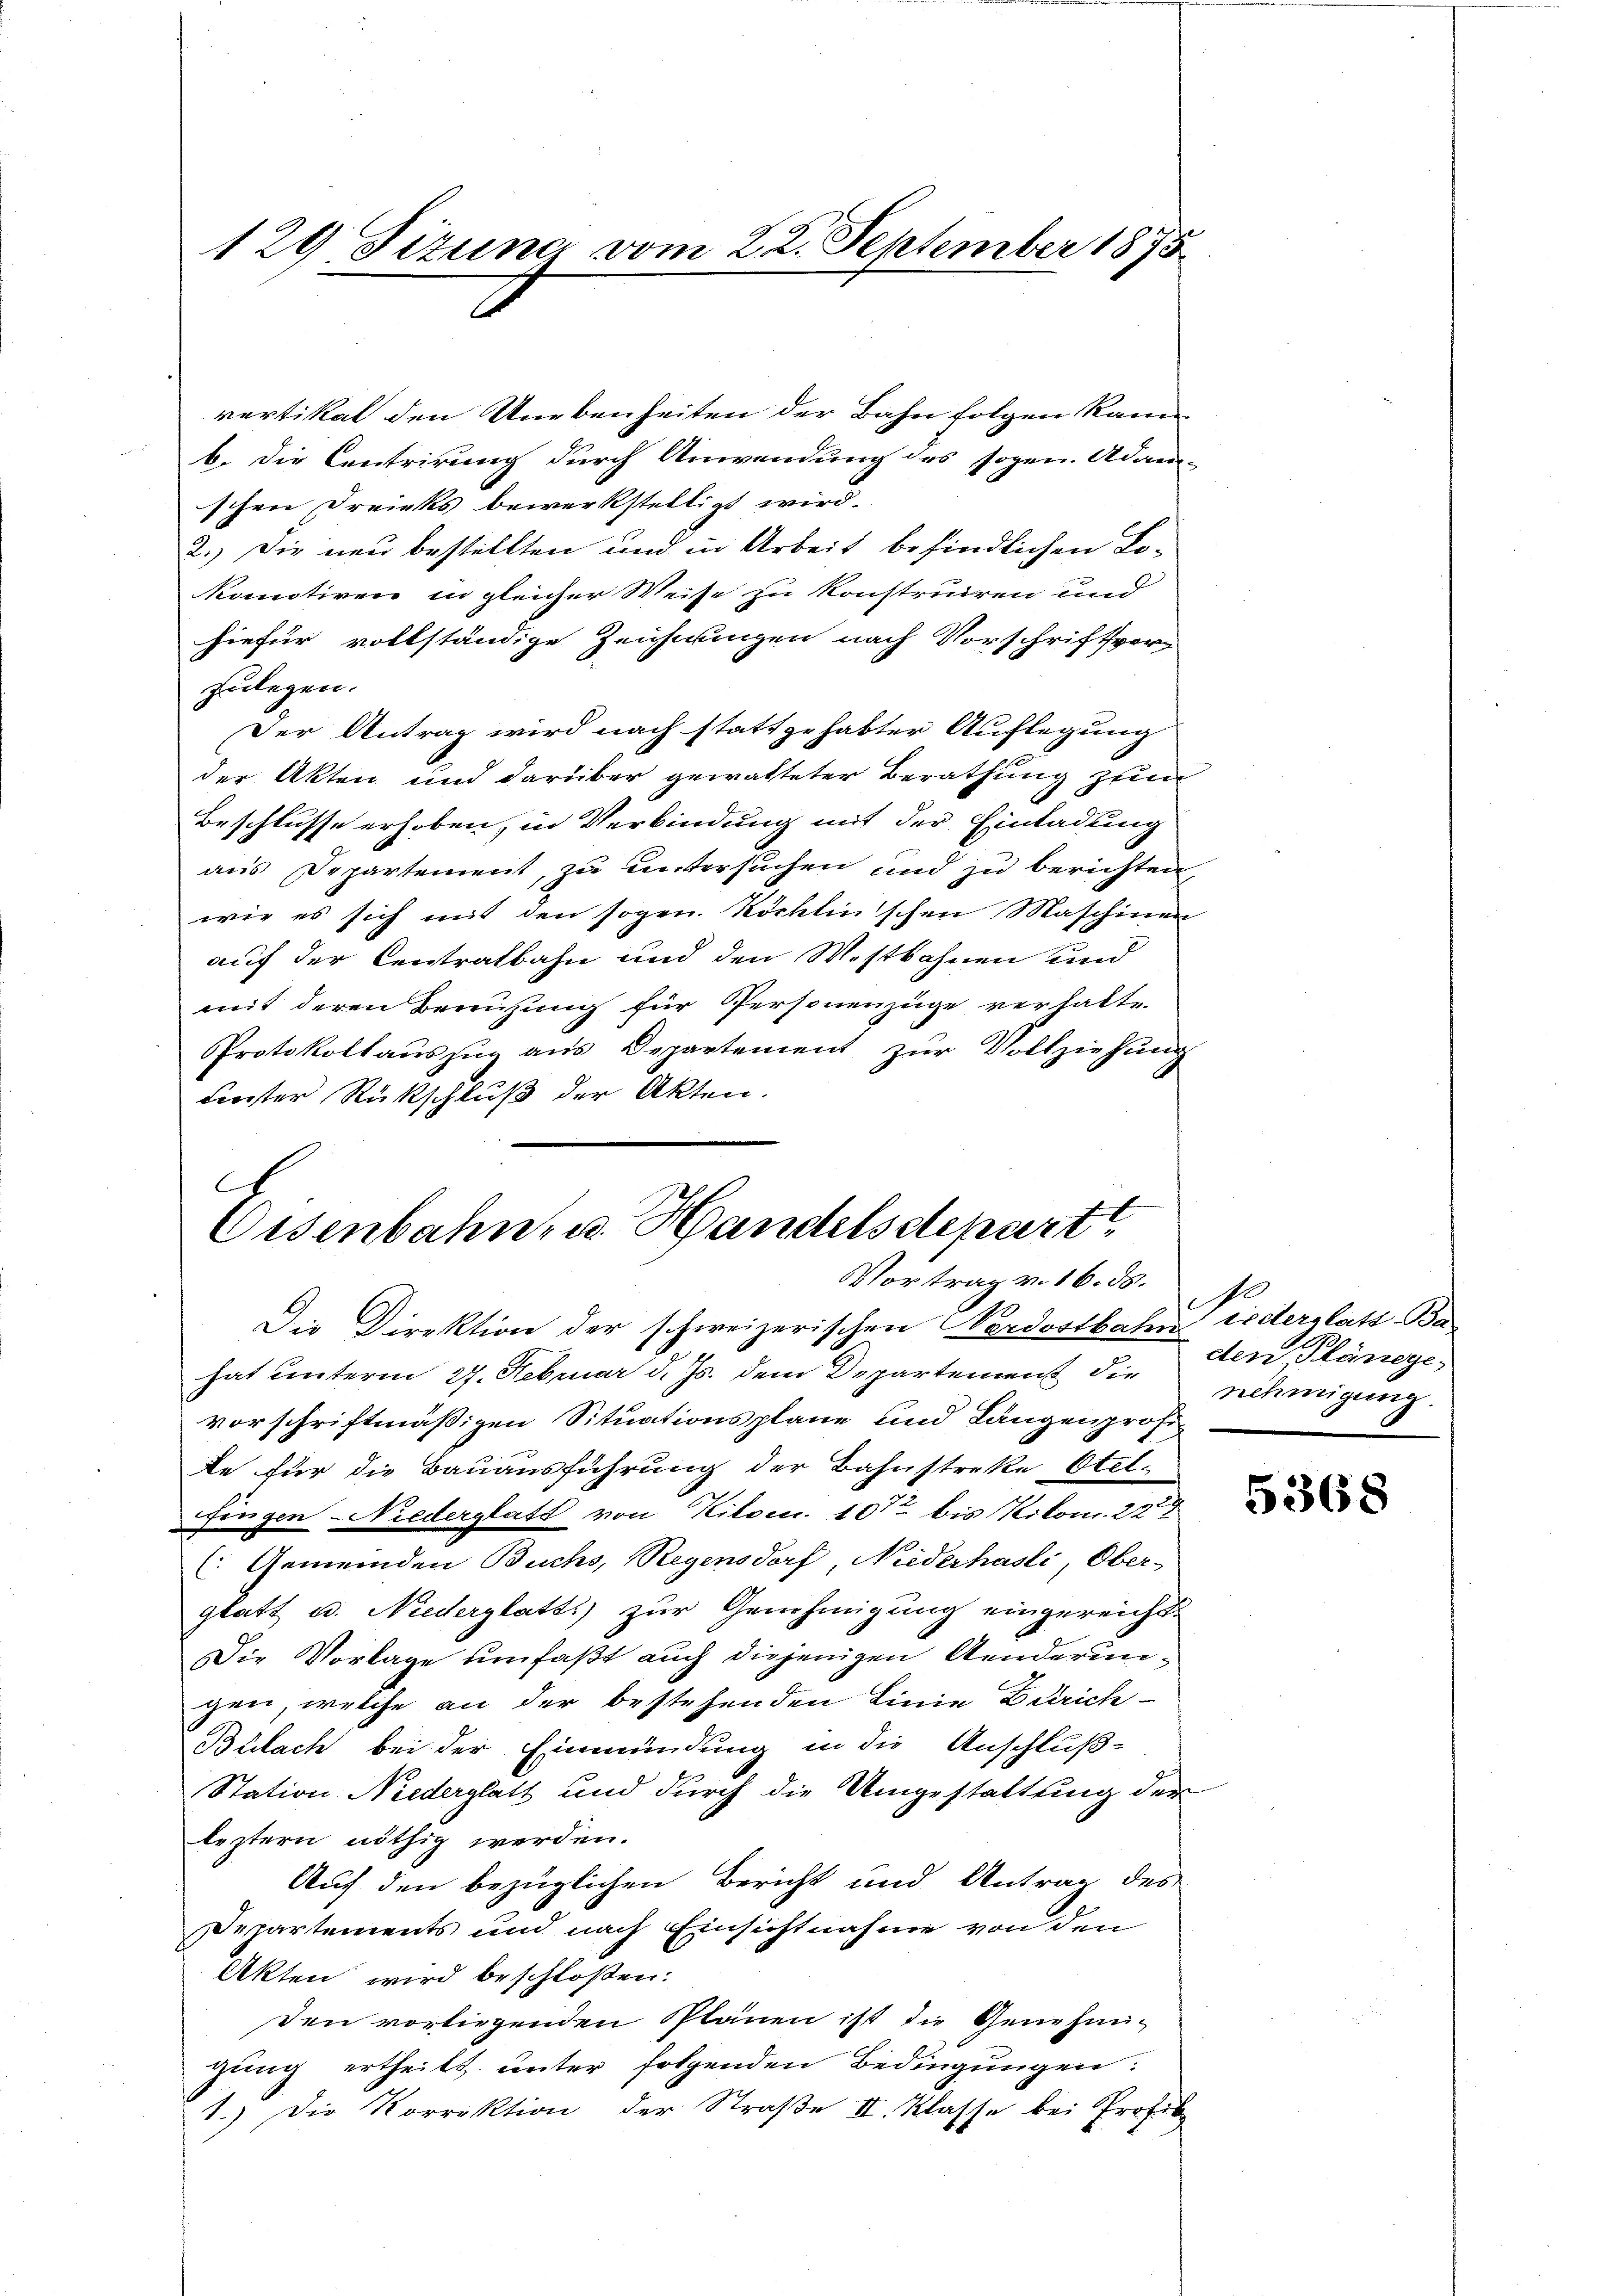
129 Fizung vom 22. September 1875

vertikal den Unebenheiten der Bahn folgen kann
b. Die Centrirung durch Anwendung des sogen. Adam-
schen Dreiks bewerkstelligt wird.
2.) Die neu bestellten und in Arbeit befindlichen Lo¬
Nomotiven in gleicher Weise zu konstruiren und
hiefür vollständige Zeichnungen nach Vorschriftver-
zulegen.
Der Antrag wird nach stattgehabter Auflegung
der Akten und darüber gewalteter Berathung zum
.
Beschlusse erhoben, in Verbindung mit der Einladung
aus Departement, zu untersuchen und zu berichten,
wie es sich mit den sogen. Röcklinschen Maschinen
auf der Centratbahn und den Mostbahnen und
mit deren Benutzung für Personenzüge verhalte
Protokollaŭszŭg ans Departement zŭr Vollziehŭng
Fenster Rückschluß der Akten.

A
Eisenbahnna Handelsdepart
Vortrag v. 16. ds.

Die Direktion der schweizerischen Nordostbahn inderglatt Bahat unterm 27. Februar d. Js. dem Departement die
vorschriftmäßigen Situationsplane und Längenprofite für die Bauausführung der Bahnstreke Otelfingen - Niederglatt von Kilom. 107 bis Kolom. 22
(Gemeinden Buchs, Regensdorf, Niederhasli, Ober-
glatt u. Niederglatts) zur Genehmigung eingereicht.
Die Vorlage umfaßt auch diejenigen Aenderungen, welche an der bestehenden Linie Zürich¬
Bülach bei der Einmündung in die Anschluß-
Station Niederglatt und durch die Umgestaltung der
leztern nöthig werden.
Auf den bezüglichen Bericht und Antrag des
Departements und nach Einsichtnahme von den
Akten wird beschloßen:
den vorliegenden Plänen ist die Genehmigung ertheilt unter folgenden Bedingungen:
1.) Die Korrektion der Straße II. Klasse bei Profes

I
den Plänege-
nehmigung.

5368